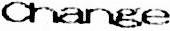
CHANGE